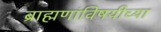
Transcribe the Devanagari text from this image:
ब्राह्मणांविषयीच्या